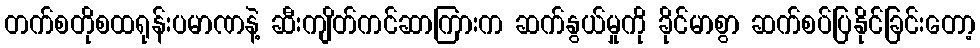
တက်စတိုစထရုန်းပမာဏနဲ့ ဆီးကျိတ်ကင်ဆာကြားက ဆက်နွယ်မှုကို ခိုင်မာစွာ ဆက်စပ်ပြနိုင်ခြင်းတော့